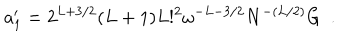
a _ { 1 } ^ { \prime } = 2 ^ { L + 3 / 2 } ( L + 1 ) L ! ^ { 2 } \omega ^ { - L - 3 / 2 } N ^ { - ( L / 2 ) } G ~ ~ .